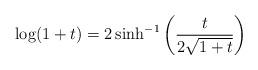
LaTeX: \begin{align*}\log(1+t) = 2 \sinh^{-1} \left(\frac{t}{2 \sqrt{1+t}} \right)\end{align*}